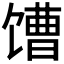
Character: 𩠎